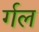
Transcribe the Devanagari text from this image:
र्गल